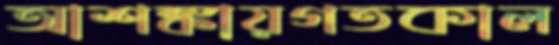
আশঙ্কায়গতকাল